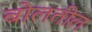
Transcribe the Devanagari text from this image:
बोलतील